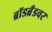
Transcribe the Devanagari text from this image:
ब्रॉडब्रँडवर